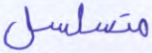
متسلسل